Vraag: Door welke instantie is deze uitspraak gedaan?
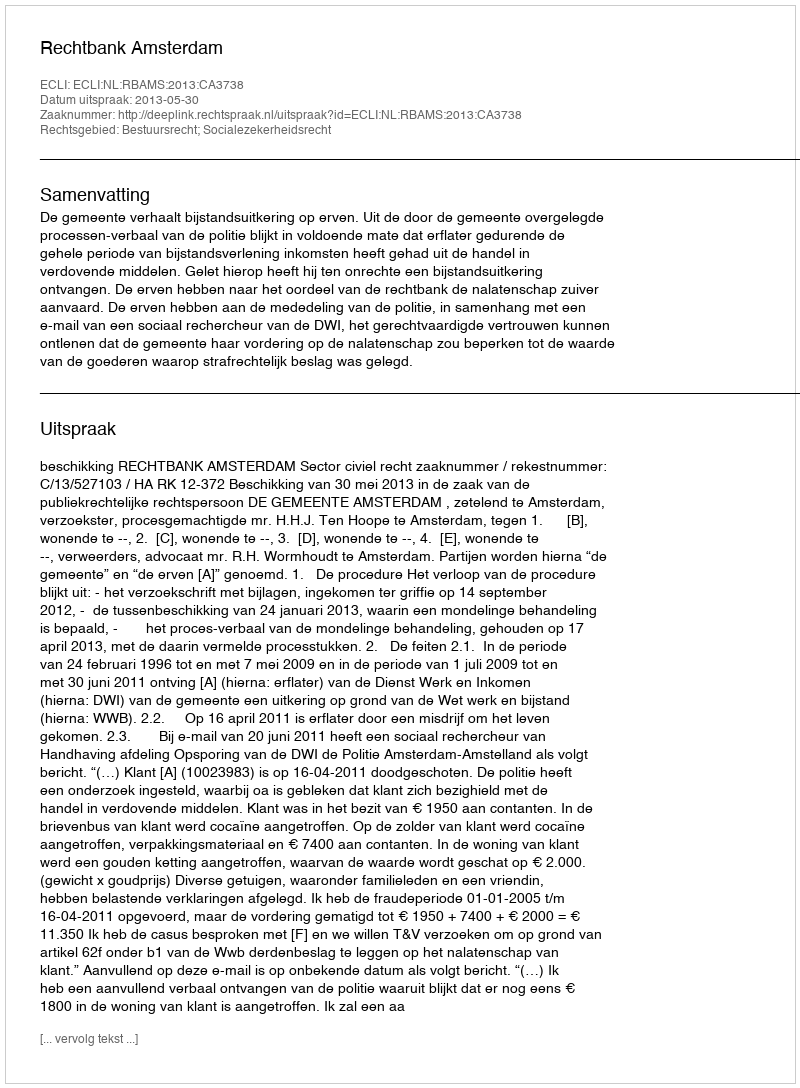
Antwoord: Rechtbank Amsterdam